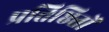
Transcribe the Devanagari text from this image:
प्रतिष्ठितों